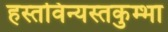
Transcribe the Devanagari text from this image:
हस्तविन्यस्तकुम्भा